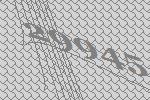
29945